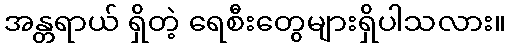
အန္တရာယ် ရှိတဲ့ ရေစီးတွေများရှိပါသလား။